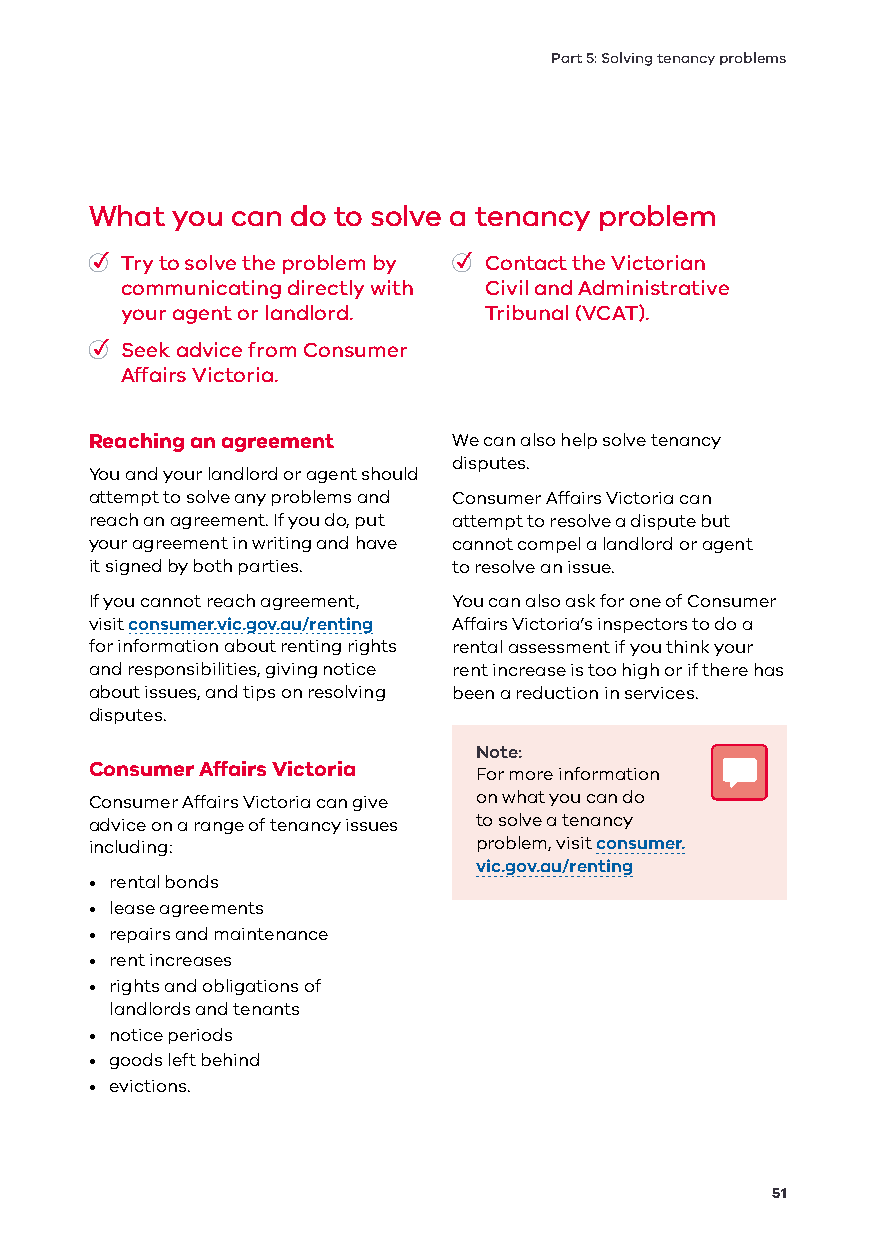
Part 5: Solving tenancy problems
 What you can do to solve a tenancy problem
 • Try to solve the problem by • Contact the Victorian
 communicating directly with Civil and Administrative
 your agent or landlord. Tribunal (VCAT).
 • Seek advice from Consumer
 Affairs Victoria.
 Reaching an agreement   We can also help solve tenancy
 disputes.
 You and your landlord or agent should
 attempt to solve any problems and Consumer Affairs Victoria can
 reach an agreement. If you do, put attempt to resolve a dispute but
 your agreement in writing and have cannot compel a landlord or agent
 it signed by both parties. to resolve an issue.
 If you cannot reach agreement, You can also ask for one of Consumer
 visit consumer.vic.gov.au/renting Affairs Victoria’s inspectors to do a
 for information about renting rights rental assessment if you think your
 and responsibilities, giving notice rent increase is too high or if there has
 about issues, and tips on resolving been a reduction in services.
 disputes.
 Note:
 Consumer Affairs Victoria
 For more information
 Consumer Affairs Victoria can give on what you can do
 advice on a range of tenancy issues to solve a tenancy
 including:               problem, visit consumer.
 vic.gov.au/renting
 • rental bonds
 • lease agreements
 • repairs and maintenance
 • rent increases
 • rights and obligations of
 landlords and tenants
 • notice periods
 • goods left behind
 • evictions.
 51